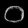
Digit: ၀